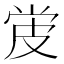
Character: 𬐓